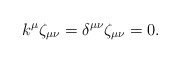
\begin{align*}k^{\mu}\zeta_{\mu \nu}=\delta^{\mu \nu}\zeta_{\mu \nu}=0.\end{align*}